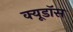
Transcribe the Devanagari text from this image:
क्यूडॉस